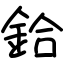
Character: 鉿